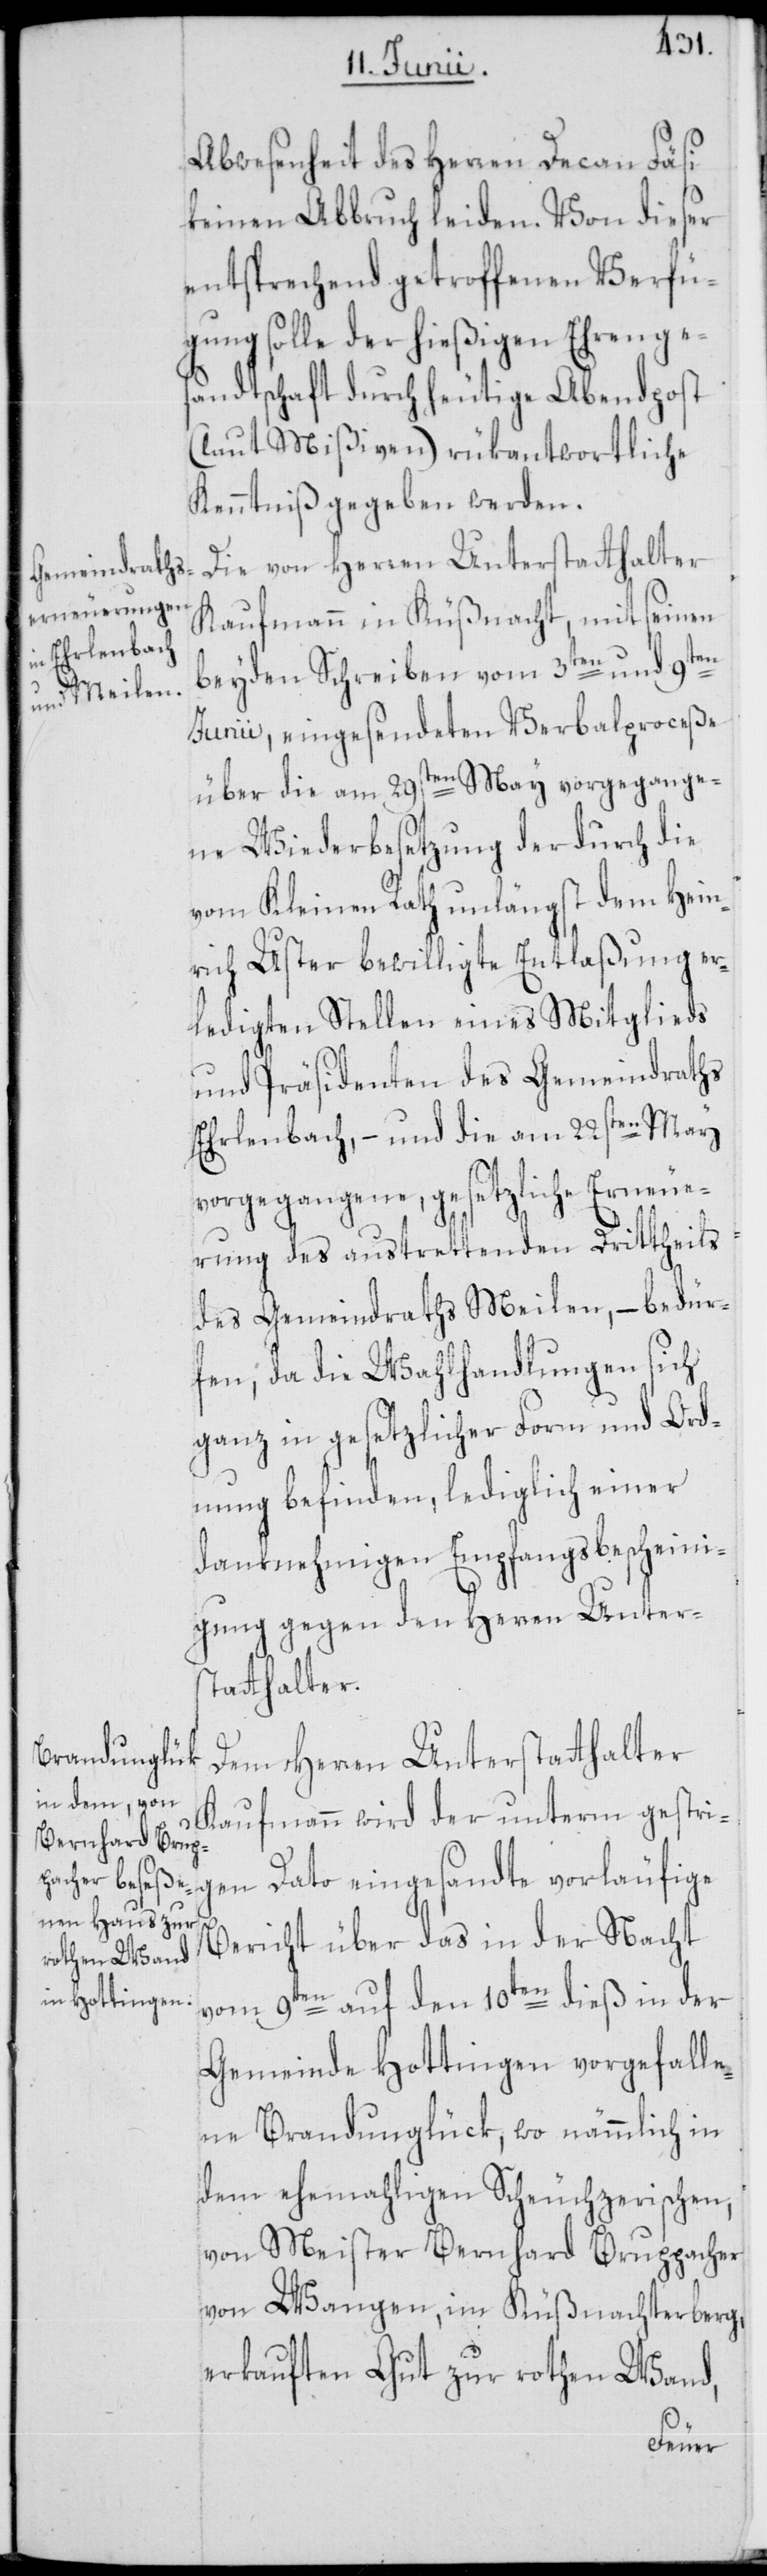
Abwesenheit des Herren Decan Fäsi
keinen Abbruch leiden. Von dieser
entsprechend getroffenen Verfü¬
gung solle der hießigen Ehrenges¬
andtschaft durch heutige Abendpost
(laut Mißiven) rükantwortliche
Kenntniß gegeben werden.
Die von Herren Unterstatthalter
Kaufmann in Küßnacht, mit seinen
beyden Schreiben vom 3ten und 9ten
Junii, eingesendeten Verbalproceße
über die am 29sten May vorgegange¬
ne Wiederbesetzung der durch die
vom Kleinen Rath unlängst dem Hein¬
rich Uster bewilligte Entlaßung er¬
ledigten Stellen eines Mitglieds
und Präsidenten des Gemeindraths
Ehrlenbach, – und die am 22sten May
vorgegangene, gesetzliche Erneue¬
rung des austrettenden Drittheils
des Gemeindraths Meilen, – bedür¬
fen, da die Wahlhandlungen sich
ganz in gesetzlicher Form und Ord¬
nung befinden, lediglich einer
danknehmigen Empfangsbescheini¬
gung gegen den Herren Unter¬
statthalter.
Dem Herren Unterstatthalter
Kaufmann wird der unterm gestri¬
gen Dato eingesandte vorläufige
Bericht über das in der Nacht
vom 9ten auf den 10ten dieß in der
Gemeinde Hottingen vorgefalle¬
ne Brandunglück, wo nämmlich in
dem ehemahligen Scheuchzerischen,
von Meister Bernhard Bruppacher
von Wangen, im Küßnachterberg,
erkauften Gut zur rothen Wand,